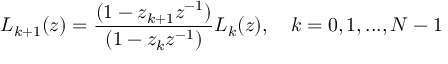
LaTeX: L _ { k + 1 } ( z ) = { \frac { ( 1 - z _ { k + 1 } z ^ { - 1 } ) } { ( 1 - z _ { k } z ^ { - 1 } ) } } L _ { k } ( z ) , \quad k = 0 , 1 , . . . , N - 1